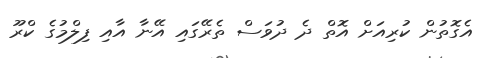
އެގޮތުން ކުރިއަށް އޮތް ދެ ދުވަސް ތެރޭގައި އޭނާ އާއި ފިލްމުގެ ކްރޫ